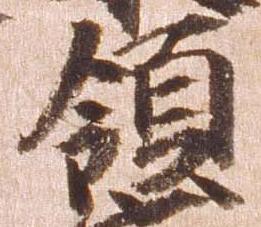
領